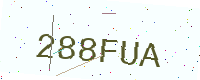
Text: 288FUA